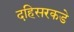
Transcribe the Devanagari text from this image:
दहिसरकडे